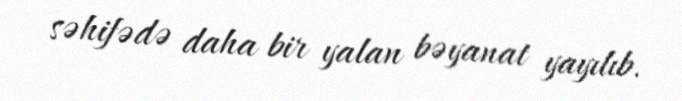
səhifədə daha bir yalan bəyanat yayılıb.